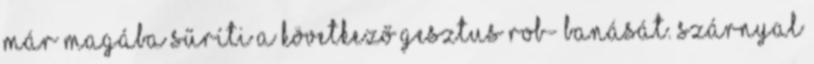
már magába sűríti a következő gesztus rob- banását. Szárnyal